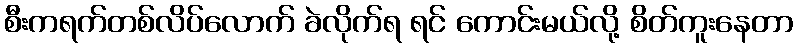
စီးကရက်တစ်လိပ်လောက် ခဲလိုက်ရ ရင် ကောင်းမယ်လို့ စိတ်ကူးနေတာ